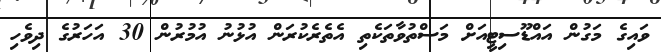
ވައިގެ މަގުން އައްޑޫސިޓީއަށް މަސްތުވާތަކެތި އެތެރެކުރަން އުޅުނު އުމުރުން 30 އަހަރުގެ ދިވެހި